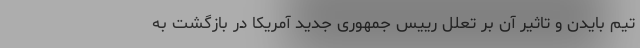
تیم بایدن و تاثیر آن بر تعلل رییس جمهوری جدید آمریکا در بازگشت به